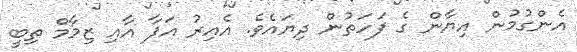
އެންގުމުން އިޔާން ގެ ފަހަތުން ދިޔައެވެ. އެއިރު އަފާ އާއި ޒިމާމް ތިބީ